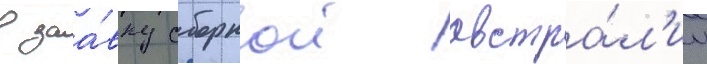
в заа́вку сборнои австра́л'ии